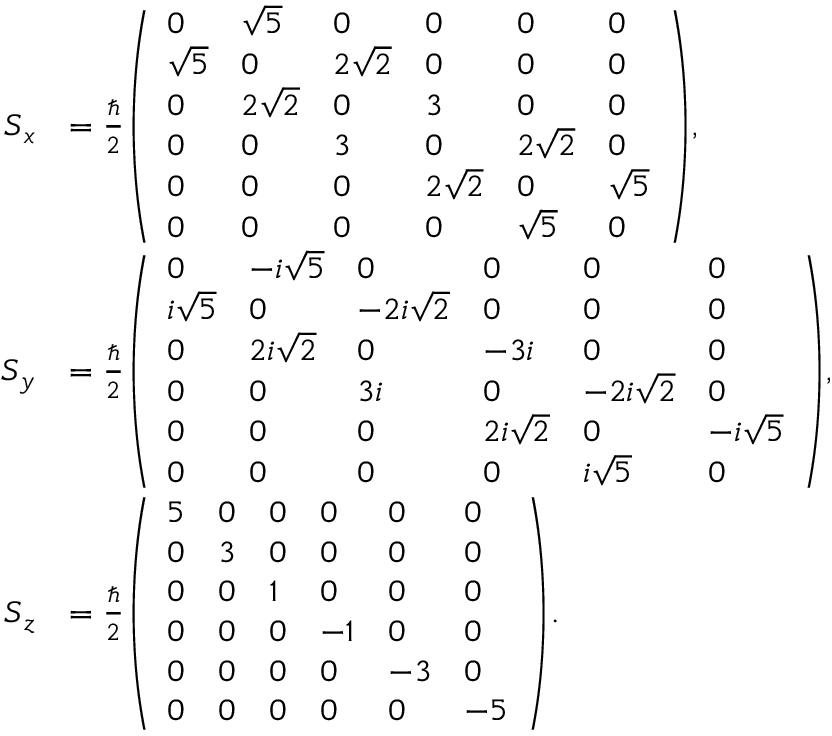
{ \begin{array} { r l } { { \boldsymbol { S } } _ { x } } & { = { \frac { \hbar } { 2 } } { \left( \begin{array} { l l l l l l } { 0 } & { { \sqrt { 5 } } } & { 0 } & { 0 } & { 0 } & { 0 } \\ { { \sqrt { 5 } } } & { 0 } & { 2 { \sqrt { 2 } } } & { 0 } & { 0 } & { 0 } \\ { 0 } & { 2 { \sqrt { 2 } } } & { 0 } & { 3 } & { 0 } & { 0 } \\ { 0 } & { 0 } & { 3 } & { 0 } & { 2 { \sqrt { 2 } } } & { 0 } \\ { 0 } & { 0 } & { 0 } & { 2 { \sqrt { 2 } } } & { 0 } & { { \sqrt { 5 } } } \\ { 0 } & { 0 } & { 0 } & { 0 } & { { \sqrt { 5 } } } & { 0 } \end{array} \right) } , } \\ { { \boldsymbol { S } } _ { y } } & { = { \frac { \hbar } { 2 } } { \left( \begin{array} { l l l l l l } { 0 } & { - i { \sqrt { 5 } } } & { 0 } & { 0 } & { 0 } & { 0 } \\ { i { \sqrt { 5 } } } & { 0 } & { - 2 i { \sqrt { 2 } } } & { 0 } & { 0 } & { 0 } \\ { 0 } & { 2 i { \sqrt { 2 } } } & { 0 } & { - 3 i } & { 0 } & { 0 } \\ { 0 } & { 0 } & { 3 i } & { 0 } & { - 2 i { \sqrt { 2 } } } & { 0 } \\ { 0 } & { 0 } & { 0 } & { 2 i { \sqrt { 2 } } } & { 0 } & { - i { \sqrt { 5 } } } \\ { 0 } & { 0 } & { 0 } & { 0 } & { i { \sqrt { 5 } } } & { 0 } \end{array} \right) } , } \\ { { \boldsymbol { S } } _ { z } } & { = { \frac { \hbar } { 2 } } { \left( \begin{array} { l l l l l l } { 5 } & { 0 } & { 0 } & { 0 } & { 0 } & { 0 } \\ { 0 } & { 3 } & { 0 } & { 0 } & { 0 } & { 0 } \\ { 0 } & { 0 } & { 1 } & { 0 } & { 0 } & { 0 } \\ { 0 } & { 0 } & { 0 } & { - 1 } & { 0 } & { 0 } \\ { 0 } & { 0 } & { 0 } & { 0 } & { - 3 } & { 0 } \\ { 0 } & { 0 } & { 0 } & { 0 } & { 0 } & { - 5 } \end{array} \right) } . } \end{array} }